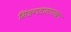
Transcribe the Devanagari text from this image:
सिंहगडासारखा